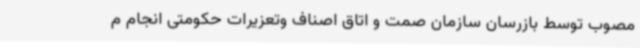
مصوب توسط بازرسان سازمان صمت و اتاق اصناف وتعزیرات حکومتی انجام م